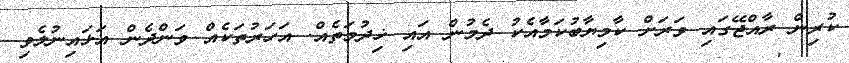
ކުރިން ރާއްޖޭގައި ވަރަށް ކާމިޔާބުކަމާއެކު ދެމުން އައި ޚިދުމަތެއް. އަހަރުތަކެއް ވަންދެން އަޅައިނުލެވި